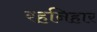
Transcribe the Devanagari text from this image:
रहनिहार